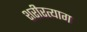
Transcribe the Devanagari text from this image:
शरीरत्याग